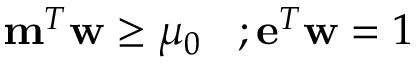
\mathbf { m } ^ { T } \mathbf { w } \ge \mu _ { 0 } \; \; \; ; \mathbf { e } ^ { T } \mathbf { w } = 1